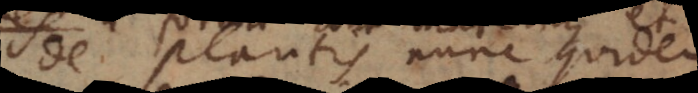
de plantis nunc quidem.